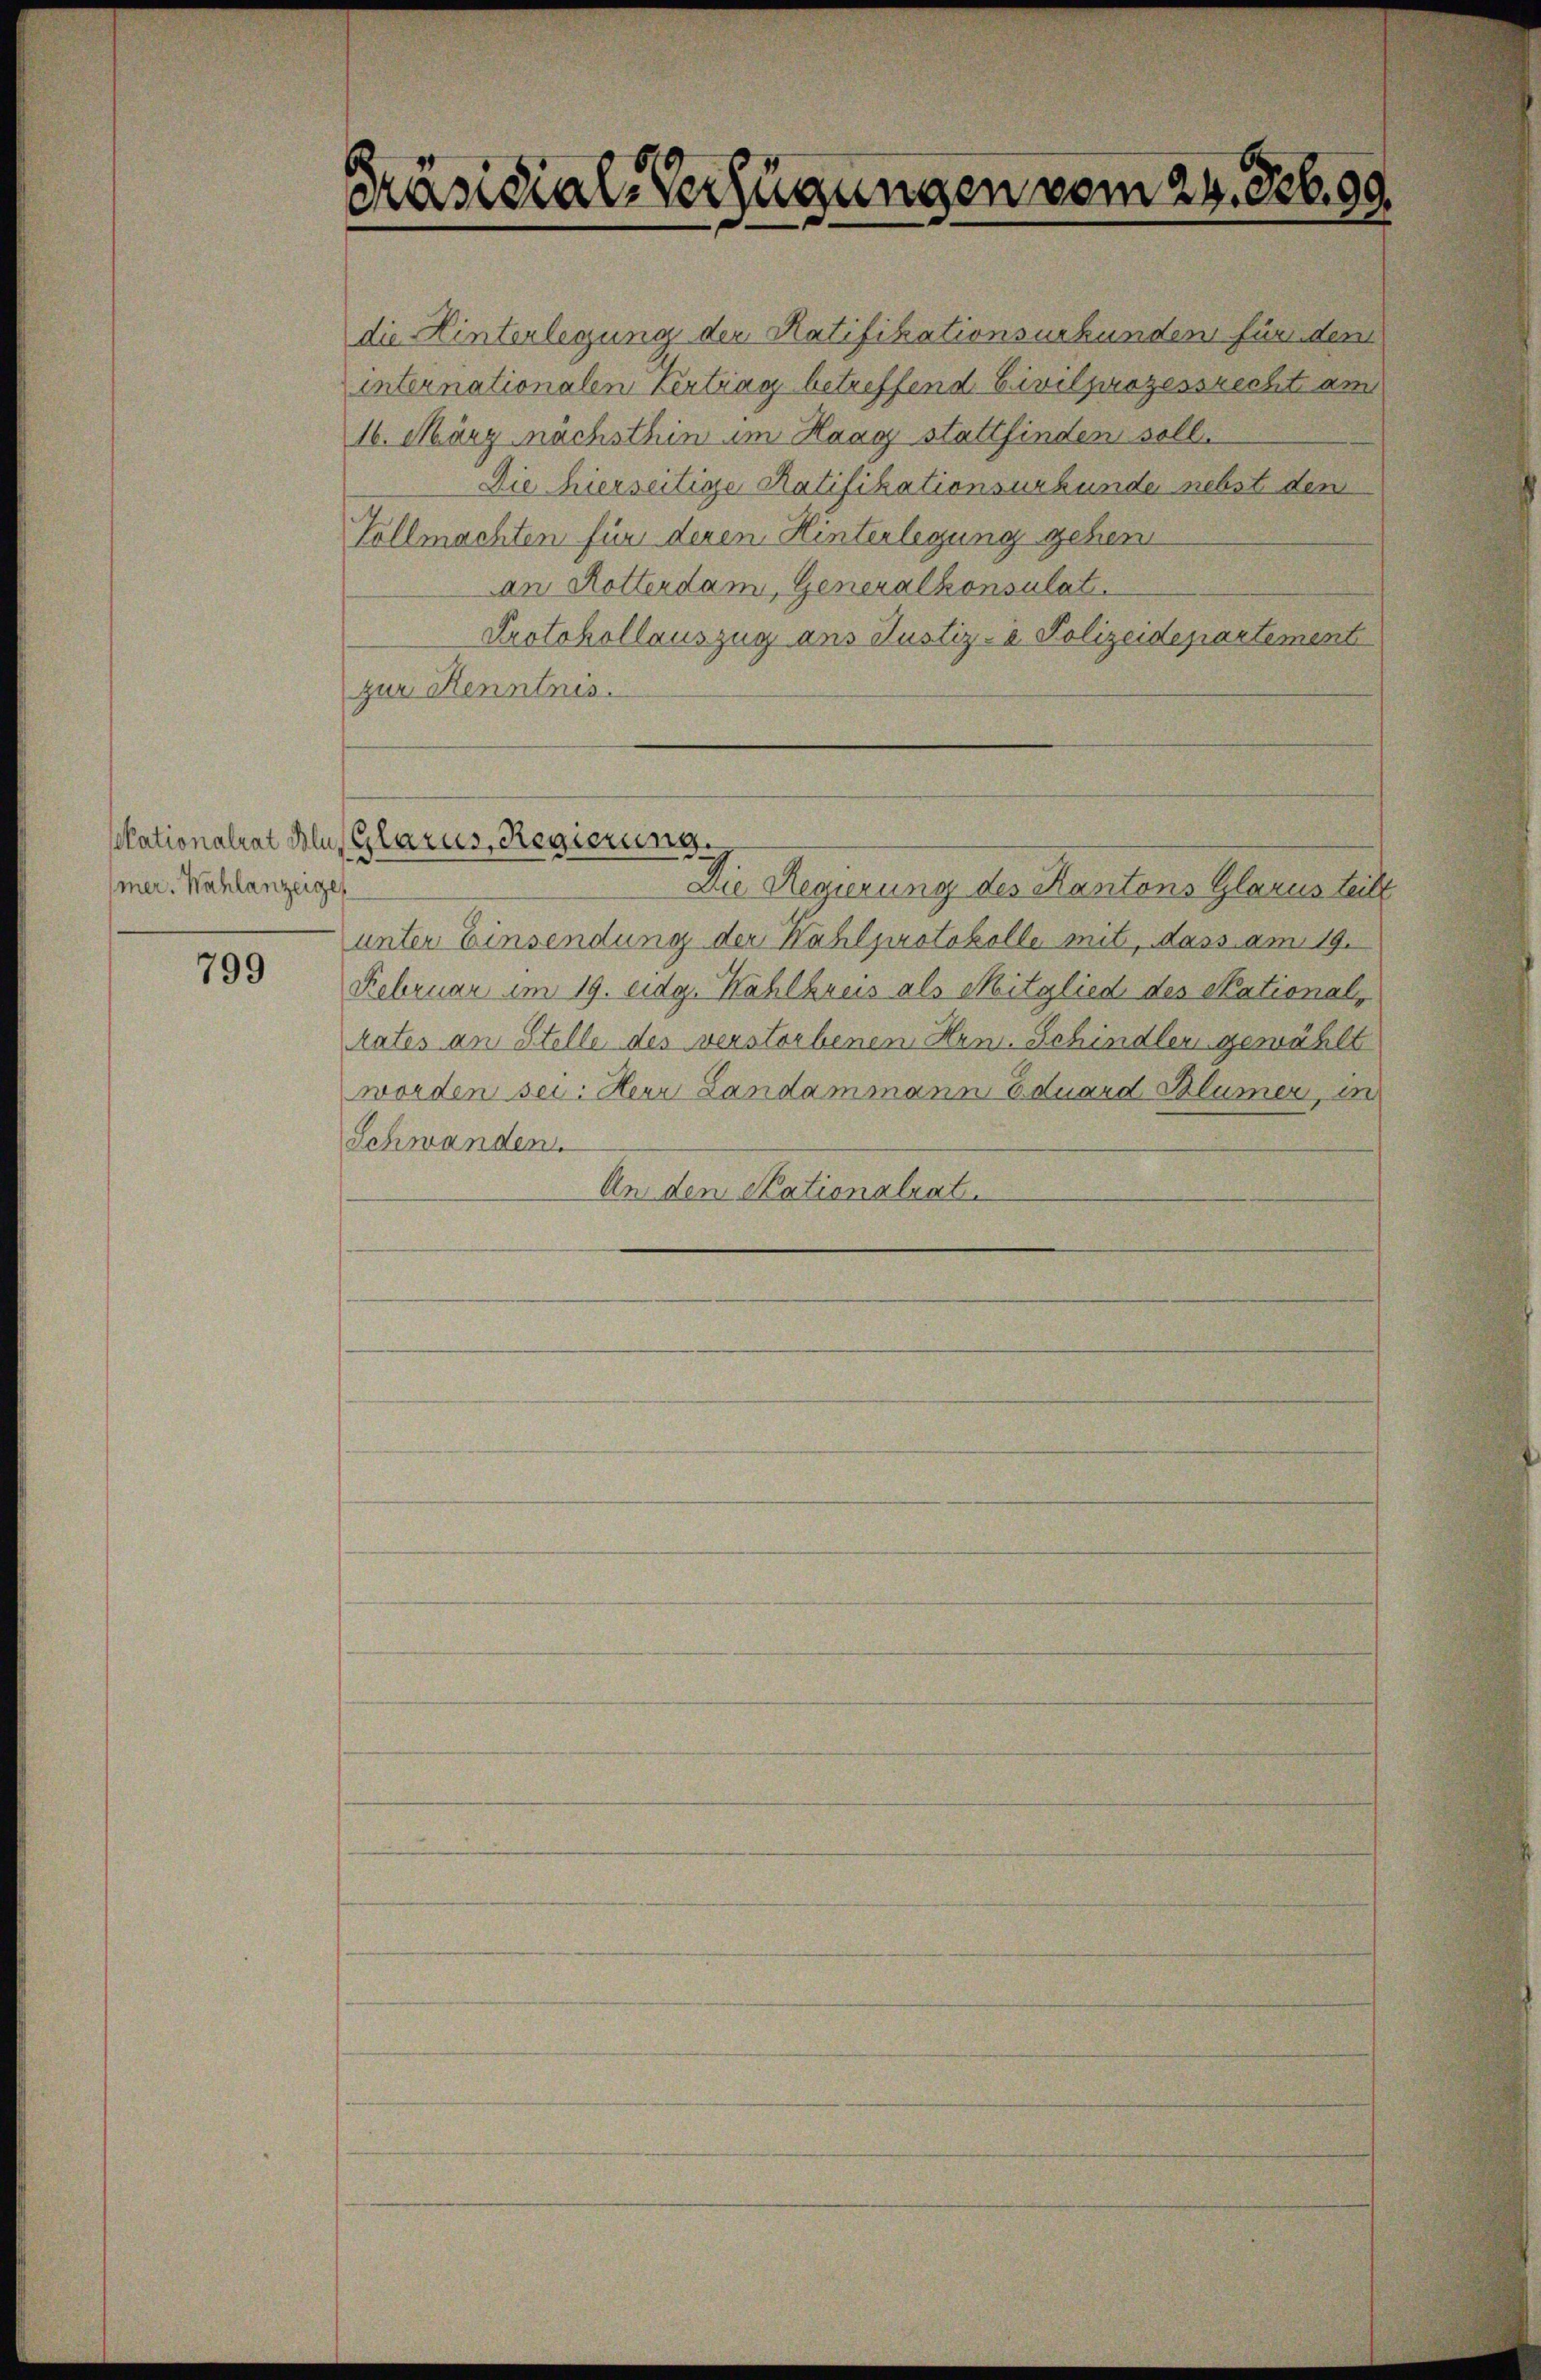
mer. Wahlanzeigen

799

Präsidial-Verfügungen vom 24. b. 99

die Hinterlegung der Ratifikationsurkunden für dem
internationalen Vertrag betreffend Civilprozessrecht am
16. März nächsthin im Haag stattfinden soll.
Die hierseitige Ratifikationsurkunde nebst den
Vollmachten für deren Hinterlegung gehen
an Rotterdam, Generalkonsulat
Protokollauszug aus Justiz- & Polizeidepartement
zur Kenntnis.
kationalrat Blu Glarus, Regierung.
Die Regierung des Kantons Glarus teilt
unter Einsendung der Wahlprotokolle mit, dass am 19.
Februar im 19. eidg. Wahlbrus als Mitglied des Nationalrates an Stelle des verstorbenen Hrn. Schindler gewählt
worden sei: Heur Landammann Eduard Blümer, in
Schwanden
An den Stationalrat.